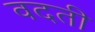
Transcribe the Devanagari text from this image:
वदती